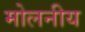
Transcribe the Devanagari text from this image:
मोलनीय